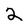
Character: 2